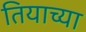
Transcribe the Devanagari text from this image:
तियाच्या